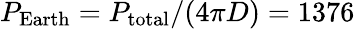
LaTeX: P_{\mathrm{Earth}}=P_{\mathrm{total}}/(4\pi D)=1376